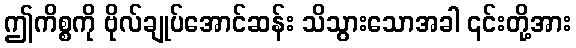
ဤကိစ္စကို ဗိုလ်ချုပ်အောင်ဆန်း သိသွားသောအခါ ၎င်းတို့အား